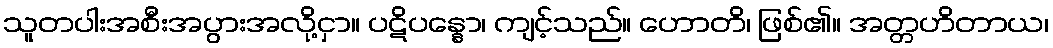
သူတပါးအစီးအပွားအလို့ငှာ။ ပဋိပန္နော၊ ကျင့်သည်။ ဟောတိ၊ ဖြစ်၏။ အတ္တဟိတာယ၊